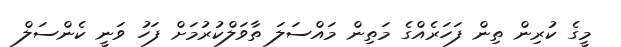
މީގެ ކުރިން ތިން ފަހަރެއްގެ މަތިން މައްސަލަ ތާވަލްކުރުމަށް ފަހު ވަނީ ކެންސަލް